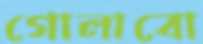
গোলাবো